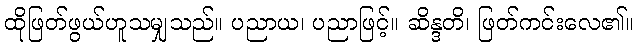
ထိုဖြတ်ဖွယ်ဟူသမျှသည်။ ပညာယ၊ ပညာဖြင့်။ ဆိန္ဒတိ၊ ဖြတ်ကင်းလေ၏။